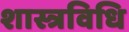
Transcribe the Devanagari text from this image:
शास्त्रविधि